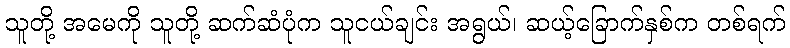
သူတို့ အမေကို သူတို့ ဆက်ဆံပုံက သူငယ်ချင်း အရွယ်၊ ဆယ့်ခြောက်နှစ်က တစ်ရက်